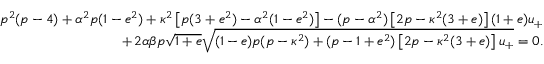
\begin{array} { r l r } & { } & { p ^ { 2 } ( p - 4 ) + \alpha ^ { 2 } p ( 1 - e ^ { 2 } ) + \kappa ^ { 2 } \left[ p ( 3 + e ^ { 2 } ) - \alpha ^ { 2 } ( 1 - e ^ { 2 } ) \right] - ( p - \alpha ^ { 2 } ) \left[ 2 p - \kappa ^ { 2 } ( 3 + e ) \right] ( 1 + e ) u _ { + } } \\ & { } & { \qquad + \, 2 \alpha \beta p \sqrt { 1 + e } \sqrt { ( 1 - e ) p ( p - \kappa ^ { 2 } ) + ( p - 1 + e ^ { 2 } ) \left[ 2 p - \kappa ^ { 2 } ( 3 + e ) \right] u _ { + } } = 0 . } \end{array}